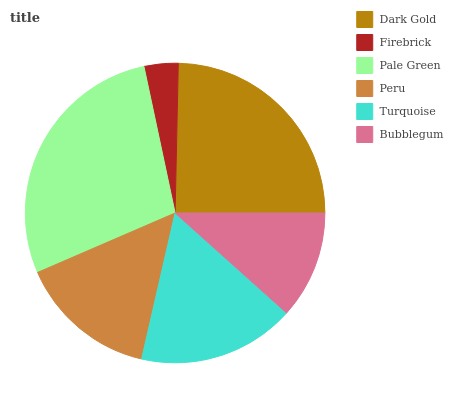
| Dark Gold | Firebrick | Pale Green | Peru | Turquoise | Bubblegum |
 | --- | --- | --- | --- | --- | --- |
 | 24.6% | 3.66% | 28.1% | 14.9% | 17% | 11.6% |